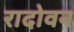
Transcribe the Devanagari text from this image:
रादोवन